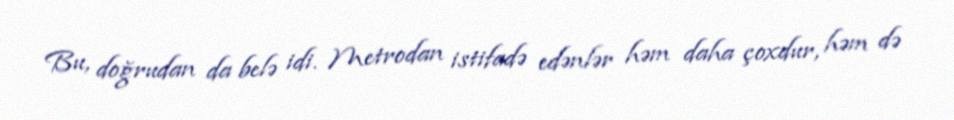
Bu, doğrudan da belə idi. Metrodan istifadə edənlər həm daha çoxdur, həm də